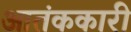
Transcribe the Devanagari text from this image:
आतंककारी